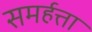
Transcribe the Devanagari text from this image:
समर्हत्ता